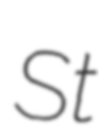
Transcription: St